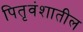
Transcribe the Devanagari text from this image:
पितृवंशातील